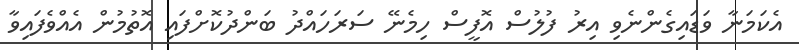
އެކަމަނާ ވަޑައިގެންނެވި އިރު ފުލުސް އޮފީސް ހިމެނޭ ސަރަހައްދު ބަންދުކޮށްފައި އޮތުމުން އެއްވެފައިވާ